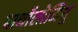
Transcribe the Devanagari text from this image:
बार्थोलोमियू